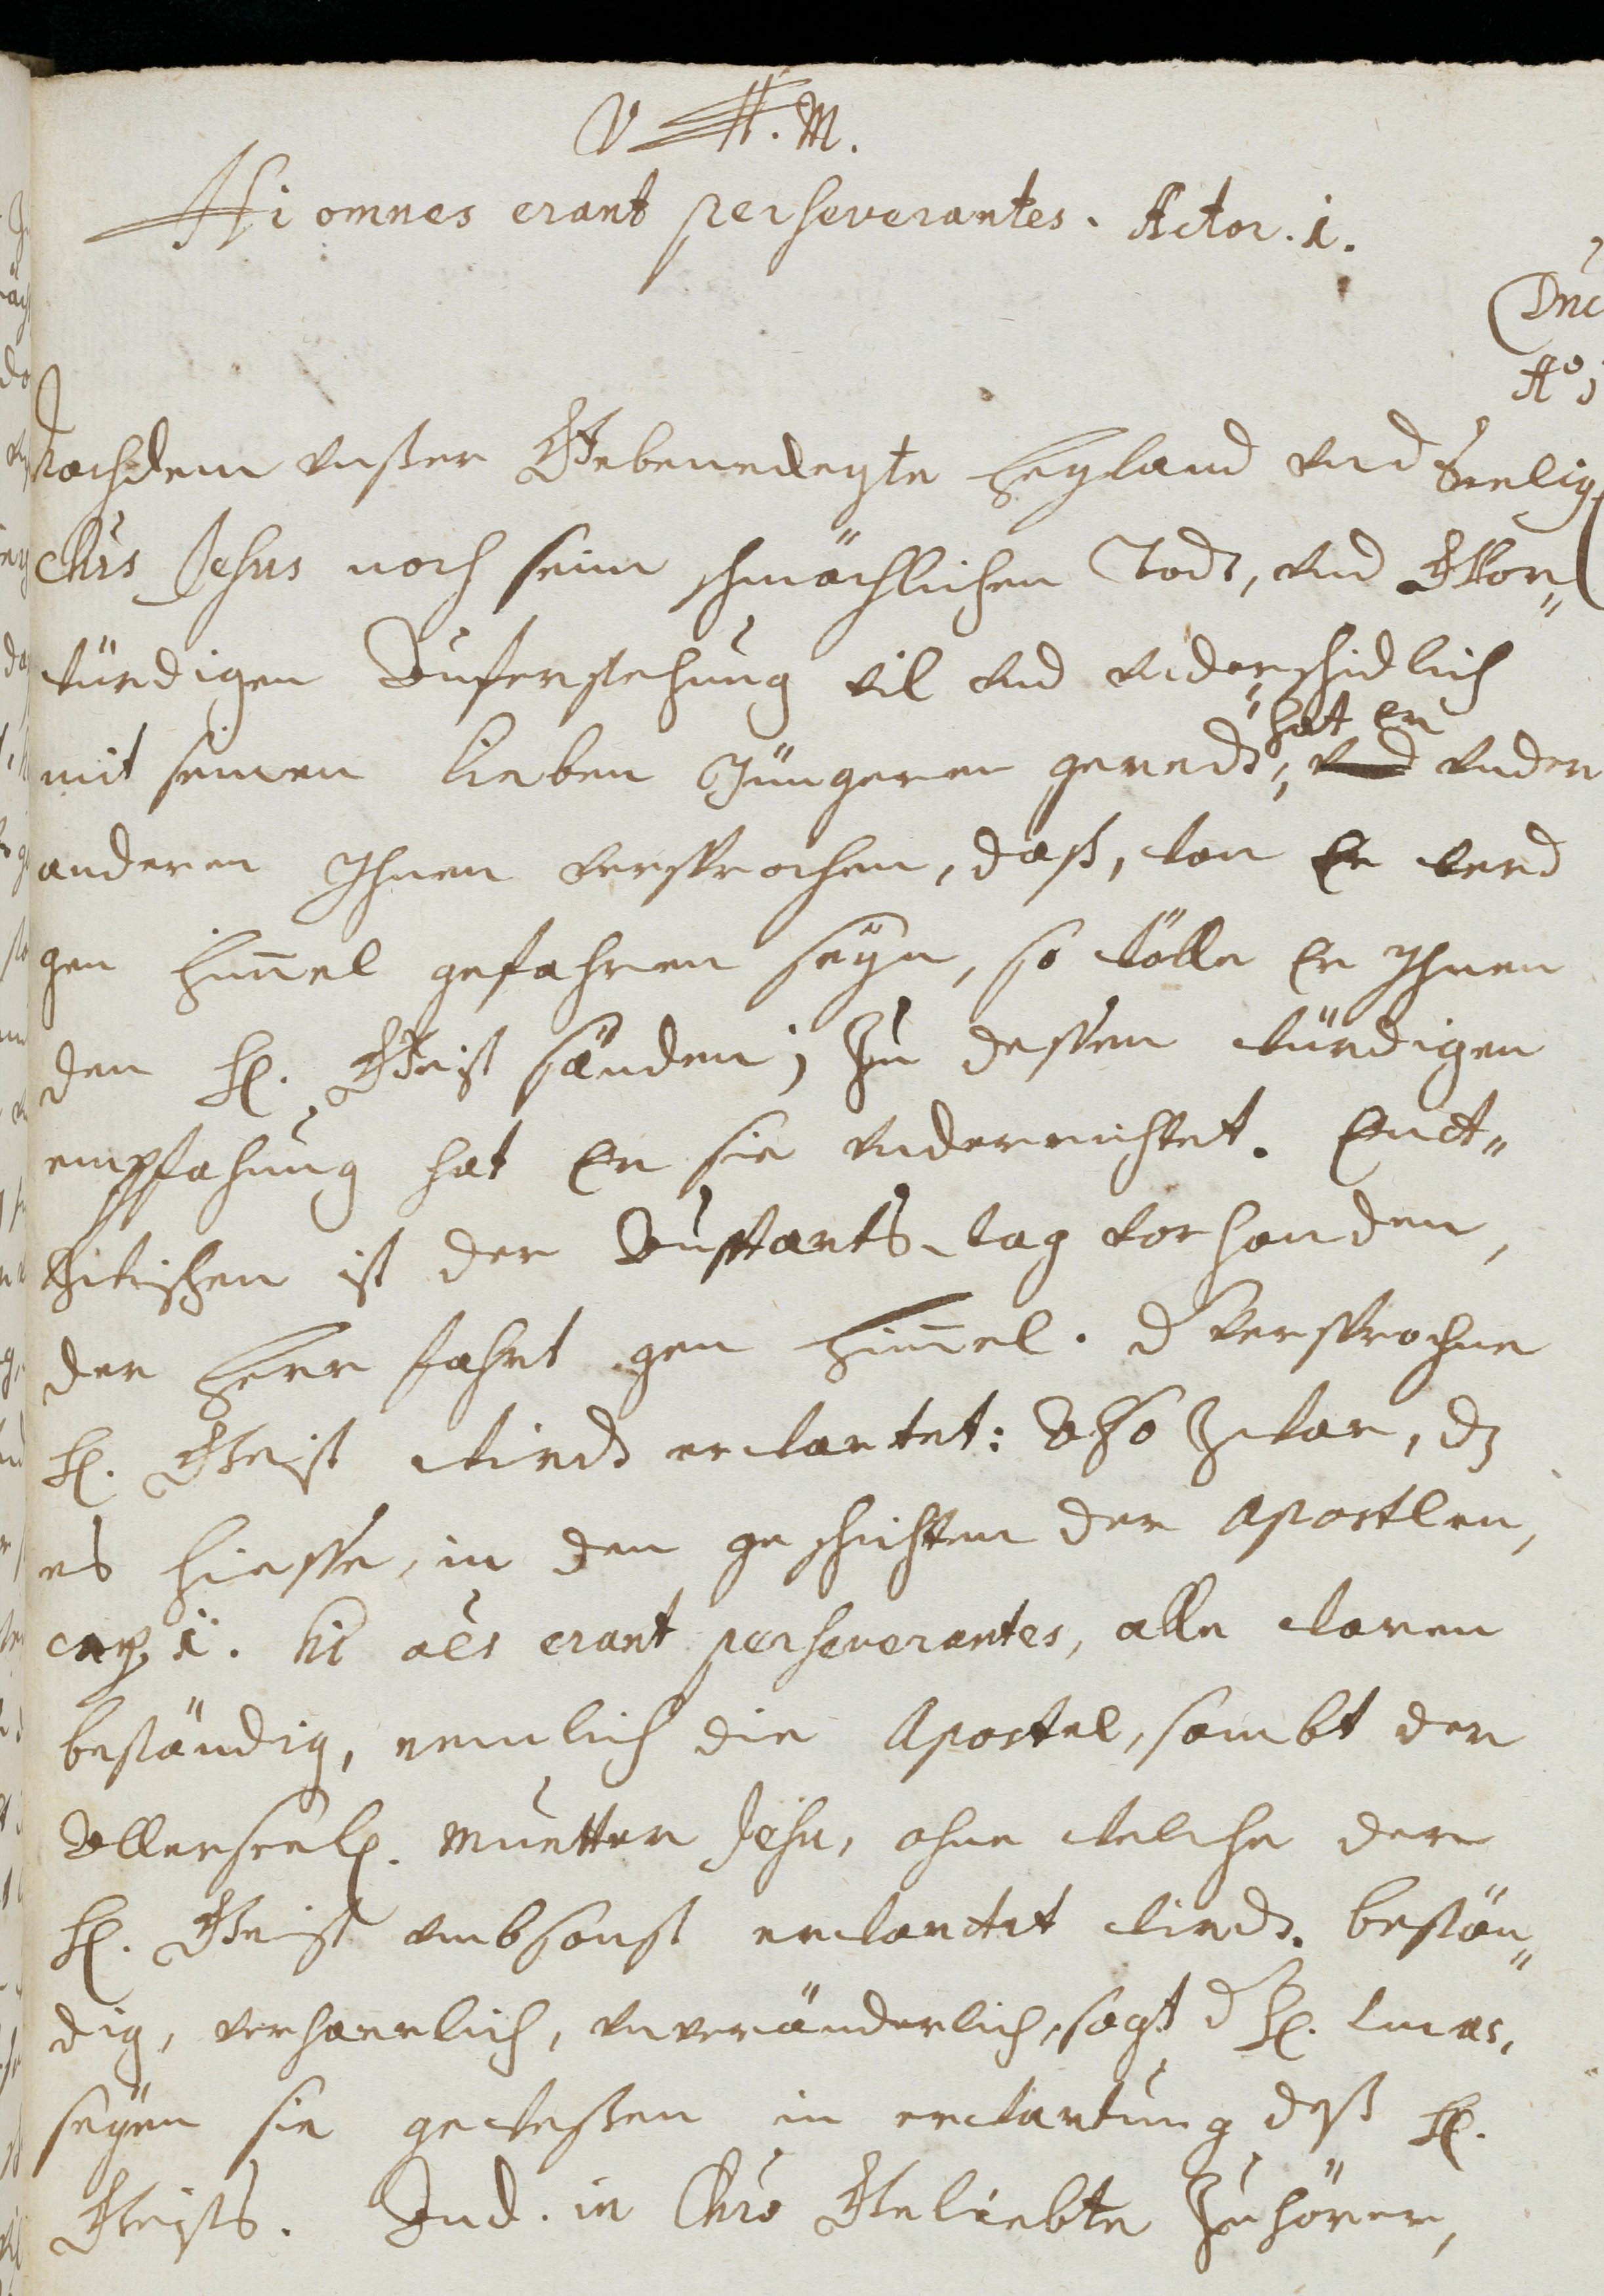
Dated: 1677–1691